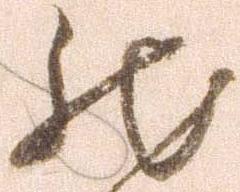
然